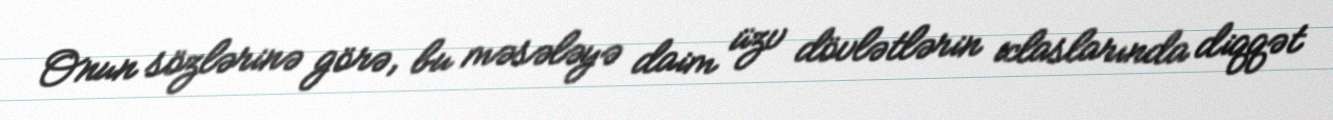
Onun sözlərinə görə, bu məsələyə daim üzv dövlətlərin iclaslarında diqqət